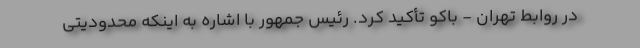
در روابط تهران - باکو تأکید کرد. رئیس جمهور با اشاره به اینکه محدودیتی